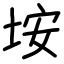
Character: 垵